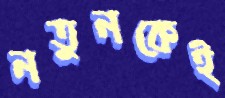
নতুনকেই